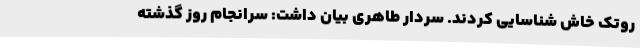
روتک خاش شناسایی کردند. سردار طاهری بیان داشت: سرانجام روز گذشته